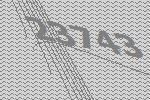
23743